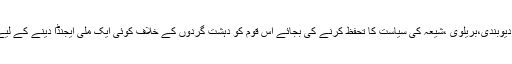
ہمارے مذہبی پیشوا اہل حدیث،دیوبندی،بریلوی ،شیعہ کی سیاست کا تحفظ کرنے کی بجائے اس قوم کو دہشت گردوں کے خلاف کوئی ایک ملی ایجنڈا دینے کے لیے کب سرجوڑ کر بیٹھیں گے؟